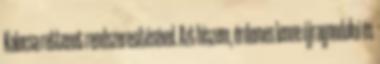
Kalocsa rettenet rendszeresítésével. Azt hiszem, érdemes lenne újragondolni és